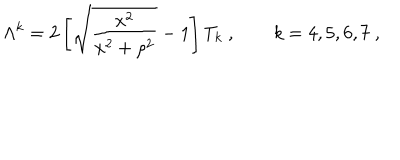
\Lambda ^ { k } = 2 \left[ \sqrt { \frac { x ^ { 2 } } { x ^ { 2 } + \rho ^ { 2 } } } - 1 \right] T _ { k } \ , \qquad k = 4 , 5 , 6 , 7 \ ,